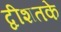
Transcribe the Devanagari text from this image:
द्वीशतके